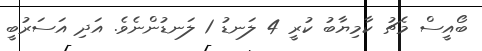
ބޯއީސް މެޗު ކާމިޔާބު ކުރީ 4 ލަނޑު 1 ލަނޑުންނެވެ. އަދި އަސަރުބީ